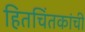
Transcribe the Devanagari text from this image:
हितचिंतकांची